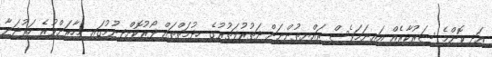
އަދި ކޮންމެ ސަރުކާރެއް އައިނަމަވެސް ރައްޔިތުންނަށް ދަތުރުފަތުރުގެ ހިދުމަތްތައް ފޯރުކޮށްދިނުމުގައި މިހާރަށްވުރެ ހަރުދަނާ